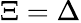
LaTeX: \Xi=\Delta